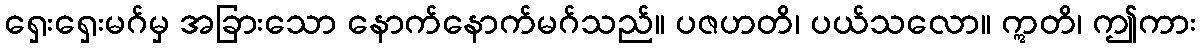
ရှေးရှေးမဂ်မှ အခြားသော နောက်နောက်မဂ်သည်။ ပဇဟတိ၊ ပယ်သလော။ ဣတိ၊ ဤကား